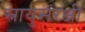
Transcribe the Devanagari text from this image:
स्नायुसंरक्षी